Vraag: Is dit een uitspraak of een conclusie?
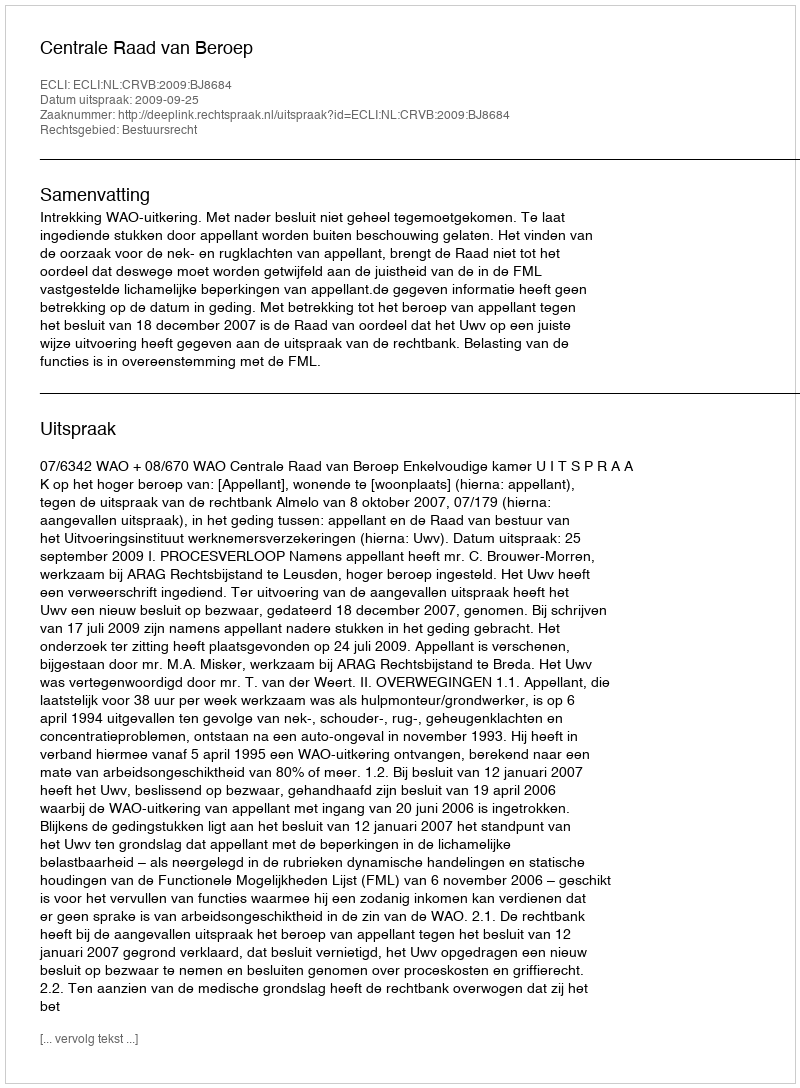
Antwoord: Uitspraak